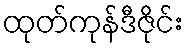
ထုတ်ကုန်ဒီဇိုင်း